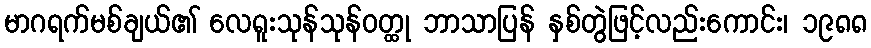
မာဂရက်မစ်ချယ်၏ လေရူးသုန်သုန်ဝတ္ထု ဘာသာပြန် နှစ်တွဲဖြင့်လည်းကောင်း၊ ၁၉၈၈